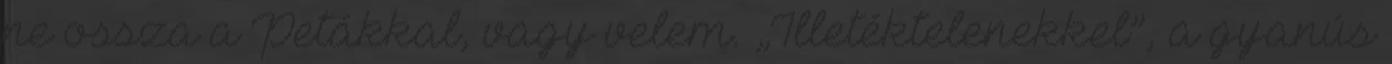
ne ossza a Petákkal, vagy velem. „Illetéktelenekkel”, a gyanús